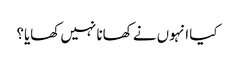
کیا انہوں نے کھانا نہیں کھایا؟